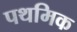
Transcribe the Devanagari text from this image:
पथमिक